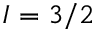
I = 3 / 2